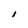
Character: I